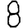
Digit: 8